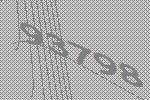
93798